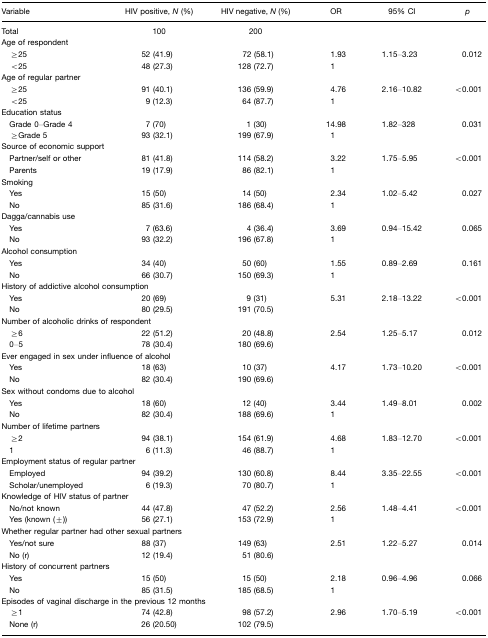
<table><thead><tr><td><b>Variable</b></td><td><b>HIV positive, <i>N</i> (%)</b></td><td><b>HIV negative, <i>N</i> (%)</b></td><td><b>OR</b></td><td><b>95% CI</b></td><td><b><i>p</i></b></td></tr></thead><tbody><tr><td>Total</td><td>100</td><td>200</td><td></td><td></td><td></td></tr><tr><td colspan="6">Age of respondent</td></tr><tr><td> ≥25</td><td>52 (41.9)</td><td>72 (58.1)</td><td>1.93</td><td>1.15–3.23</td><td>0.012</td></tr><tr><td> &lt;25</td><td>48 (27.3)</td><td>128 (72.7)</td><td>1</td><td></td><td></td></tr><tr><td>Age of regular partner</td><td></td><td></td><td></td><td></td><td></td></tr><tr><td> ≥25</td><td>91 (40.1)</td><td>136 (59.9)</td><td>4.76</td><td>2.16–10.82</td><td>&lt;0.001</td></tr><tr><td> &lt;25</td><td>9 (12.3)</td><td>64 (87.7)</td><td>1</td><td></td><td></td></tr><tr><td colspan="6">Education status</td></tr><tr><td> Grade 0–Grade 4</td><td>7 (70)</td><td>1 (30)</td><td>14.98</td><td>1.82–328</td><td>0.031</td></tr><tr><td> ≥Grade 5</td><td>93 (32.1)</td><td>199 (67.9)</td><td>1</td><td></td><td></td></tr><tr><td colspan="6">Source of economic support</td></tr><tr><td> Partner/self or other</td><td>81 (41.8)</td><td>114 (58.2)</td><td>3.22</td><td>1.75–5.95</td><td>&lt;0.001</td></tr><tr><td> Parents</td><td>19 (17.9)</td><td>86 (82.1)</td><td>1</td><td></td><td></td></tr><tr><td colspan="6">Smoking</td></tr><tr><td> Yes</td><td>15 (50)</td><td>14 (50)</td><td>2.34</td><td>1.02–5.42</td><td>0.027</td></tr><tr><td> No</td><td>85 (31.6)</td><td>186 (68.4)</td><td>1</td><td></td><td></td></tr><tr><td colspan="6">Dagga/cannabis use</td></tr><tr><td> Yes</td><td>7 (63.6)</td><td>4 (36.4)</td><td>3.69</td><td>0.94–15.42</td><td>0.065</td></tr><tr><td> No</td><td>93 (32.2)</td><td>196 (67.8)</td><td>1</td><td></td><td></td></tr><tr><td colspan="6">Alcohol consumption</td></tr><tr><td> Yes</td><td>34 (40)</td><td>50 (60)</td><td>1.55</td><td>0.89–2.69</td><td>0.161</td></tr><tr><td> No</td><td>66 (30.7)</td><td>150 (69.3)</td><td>1</td><td></td><td></td></tr><tr><td colspan="6">History of addictive alcohol consumption</td></tr><tr><td> Yes</td><td>20 (69)</td><td>9 (31)</td><td>5.31</td><td>2.18–13.22</td><td>&lt;0.001</td></tr><tr><td> No</td><td>80 (29.5)</td><td>191 (70.5)</td><td></td><td></td><td></td></tr><tr><td colspan="6">Number of alcoholic drinks of respondent</td></tr><tr><td> ≥6</td><td>22 (51.2)</td><td>20 (48.8)</td><td>2.54</td><td>1.25–5.17</td><td>0.012</td></tr><tr><td> 0–5</td><td>78 (30.4)</td><td>180 (69.6)</td><td></td><td></td><td></td></tr><tr><td colspan="6">Ever engaged in sex under influence of alcohol</td></tr><tr><td> Yes</td><td>18 (63)</td><td>10 (37)</td><td>4.17</td><td>1.73–10.20</td><td>&lt;0.001</td></tr><tr><td> No</td><td>82 (30.4)</td><td>190 (69.6)</td><td></td><td></td><td></td></tr><tr><td colspan="6">Sex without condoms due to alcohol</td></tr><tr><td> Yes</td><td>18 (60)</td><td>12 (40)</td><td>3.44</td><td>1.49–8.01</td><td>0.002</td></tr><tr><td> No</td><td>82 (30.4)</td><td>188 (69.6)</td><td>1</td><td></td><td></td></tr><tr><td colspan="6">Number of lifetime partners</td></tr><tr><td> ≥2</td><td>94 (38.1)</td><td>154 (61.9)</td><td>4.68</td><td>1.83–12.70</td><td>&lt;0.001</td></tr><tr><td> 1</td><td>6 (11.3)</td><td>46 (88.7)</td><td>1</td><td></td><td></td></tr><tr><td colspan="6">Employment status of regular partner</td></tr><tr><td> Employed</td><td>94 (39.2)</td><td>130 (60.8)</td><td>8.44</td><td>3.35–22.55</td><td>&lt;0.001</td></tr><tr><td> Scholar/unemployed</td><td>6 (19.3)</td><td>70 (80.7)</td><td>1</td><td></td><td></td></tr><tr><td colspan="6">Knowledge of HIV status of partner</td></tr><tr><td> No/not known</td><td>44 (47.8)</td><td>47 (52.2)</td><td>2.56</td><td>1.48–4.41</td><td>&lt;0.001</td></tr><tr><td> Yes (known (±))</td><td>56 (27.1)</td><td>153 (72.9)</td><td>1</td><td></td><td></td></tr><tr><td colspan="6">Whether regular partner had other sexual partners</td></tr><tr><td> Yes/not sure</td><td>88 (37)</td><td>149 (63)</td><td>2.51</td><td>1.22–5.27</td><td>0.014</td></tr><tr><td> No (r)</td><td>12 (19.4)</td><td>51 (80.6)</td><td></td><td></td><td></td></tr><tr><td colspan="6">History of concurrent partners</td></tr><tr><td> Yes</td><td>15 (50)</td><td>15 (50)</td><td>2.18</td><td>0.96–4.96</td><td>0.066</td></tr><tr><td> No</td><td>85 (31.5)</td><td>185 (68.5)</td><td>1</td><td></td><td></td></tr><tr><td colspan="6">Episodes of vaginal discharge in the previous 12 months</td></tr><tr><td> ≥1</td><td>74 (42.8)</td><td>98 (57.2)</td><td>2.96</td><td>1.70–5.19</td><td>&lt;0.001</td></tr><tr><td> None (r)</td><td>26 (20.50)</td><td>102 (79.5)</td><td></td><td></td><td></td></tr></tbody></table>